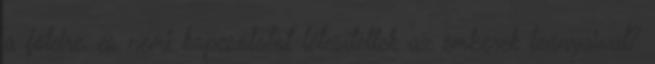
a földre, és nemi kapcsolatot létesítettek az emberek leányaival?